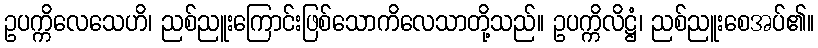
ဥပက္ကိလေသေဟိ၊ ညစ်ညူးကြောင်းဖြစ်သောကိလေသာတို့သည်။ ဥပက္ကိလိဋ္ဌံ၊ ညစ်ညူးစေအပ်၏။